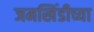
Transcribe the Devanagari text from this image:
जमखिंडीच्या